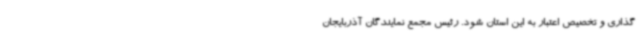
گذاری و تخصیص اعتبار به این استان شود. رئیس مجمع نمایندگان آذربایجان